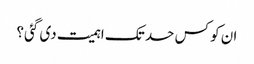
ان کو کس حد تک اہمیت دی گئی؟